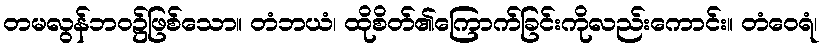
တမလွန်ဘဝ၌ဖြစ်သော။ တံဘယံ၊ ထိုစိတ်၏ကြောက်ခြင်းကိုလည်းကောင်း။ တံဝေရံ၊